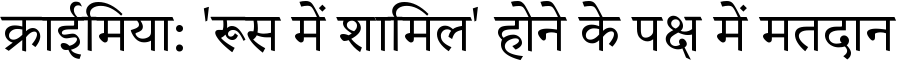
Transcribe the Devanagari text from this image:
क्राईमिया: 'रूस में शामिल' होने के पक्ष में मतदान